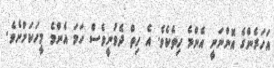
އަހަރެންގެ އޮންނަނީ އެންމެ ހިތެކެވެ. އެ ހިތް ދެވުނީވެސް ހަމަ އެންމެ މީހަކަށްށެވެ.